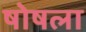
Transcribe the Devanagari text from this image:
षोषला